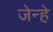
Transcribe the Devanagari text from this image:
जेन्हे